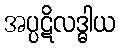
အပ္ပဋိလဒ္ဓါယ